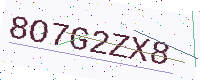
Text: 8O7G2ZX8